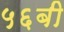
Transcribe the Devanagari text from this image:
५६बी